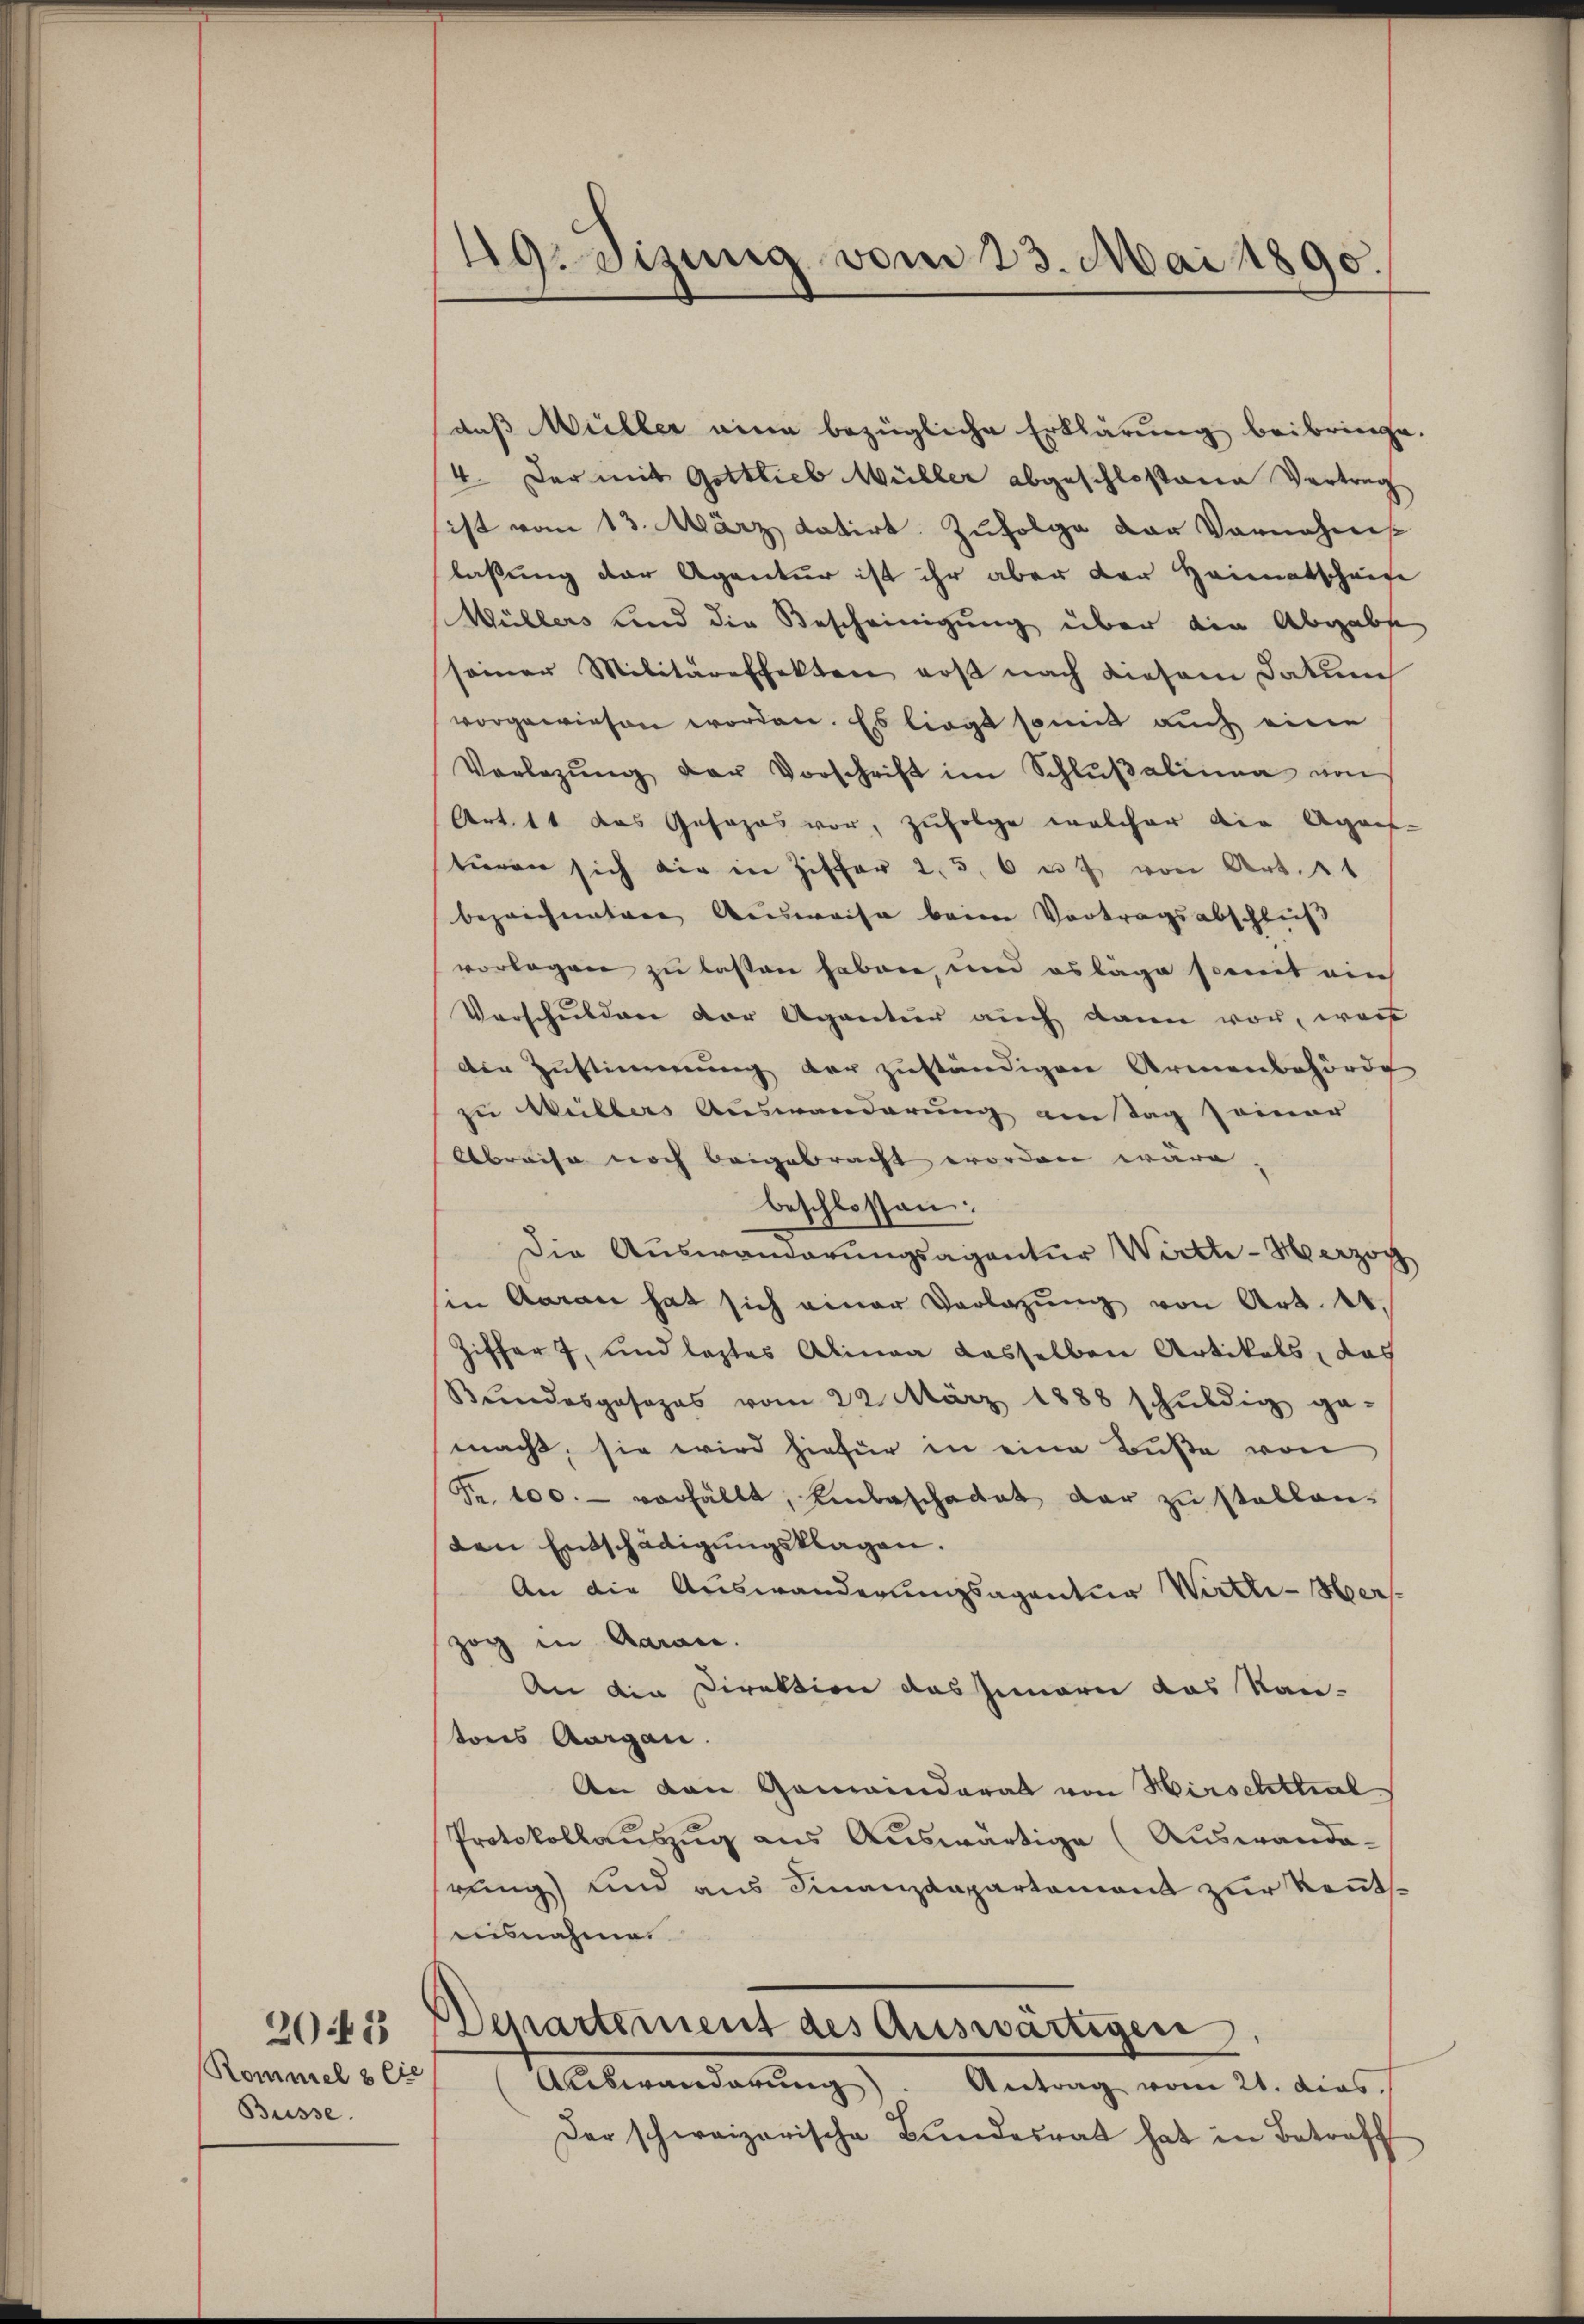
2042

Rommel & Cie
Büsse.

19. disung vom 23. Mai 1890.

daß Müller eine bezügliche Erklärung beibringe.
4. Der mit Gottlieb Müller abgeschlossene Vertrag
ist vom 13. März datirt. Zufolge der Vornahms
laßung der Agentur ist ihr aber der Heimatscheine
Wüllers und die Bescheinigung über die Abgabe
seiner Militäreffekten erst nach diesem Datum
vorgewiesen worden. Es liegt somit auch eine
Vorlegŭng der Vorschrift im Schlŭβalinea von
Art. 11 das Josohas vor, zufolge welcher die Agaef-
türen sich die in Ziffer 2, 5, 6 u. von Art. 1
bezeichnetene Ausweise beim Vortragsabschluß
vorlagen zu lassen haben, und es lage somit ain
Vorschulden der Agentur auch dann vor, wen
den Zustimmung der zuständigen Armenbehörde
zu Weillers Auswanderung am Tag seiner
Abreise noch beigebracht worden wäre
beschlossen:
die Auswanderungsagentur Wirth - Herzog
sin Aaran hat sich einer Vorlagŭng von Art. A.
Ziffer 7, und lastes Alinea dasselben Artikels, das
Bundesgesezes vom 22. März 1888 schŭldig ge-
macht, sie wird hiefür in eine Buße von
Fr. 100. verfällt, Einbeschadet dar zu stellen.
den Entschädigungsklagen.
An die Auswanderungsagantur Wirthi-Merszog in Aarau
An die Direktion das Innern das Kan-
tons Aargau.
An den Gemeinderat von Hirschthal
Protokollauszug aus Auswärtige (Auswanderung) und aus Finanzdepartament zur Kenntausnahme.
Departement des Auswärtigen,
Auswanderung
Antrag vom 21. dies
Der schweizerische Bŭndesrat hat in Betreff